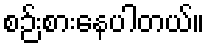
စဉ်းစားနေပါတယ်။